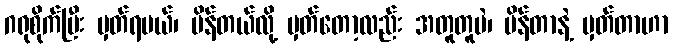
ဂရုစိုက်ပြီး မှတ်ရမယ်၊ ပိန်တယ်လို့ မှတ်တော့လည်း အတူတူပဲ၊ ပိန်တာနဲ့ မှတ်တာဟာ